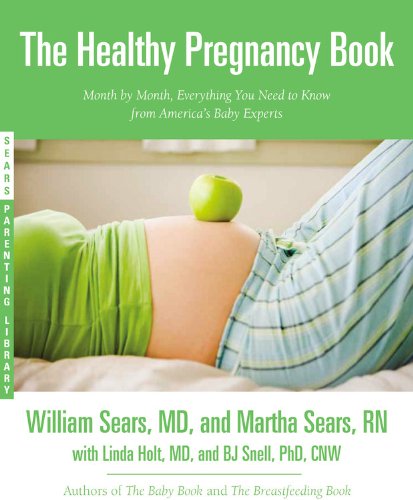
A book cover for The Healthy Pregnancy Book: Month by Month, Everything You Need to Know from America's Baby Experts (Sears Parenting Library); William Sears; Parenting & Relationships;